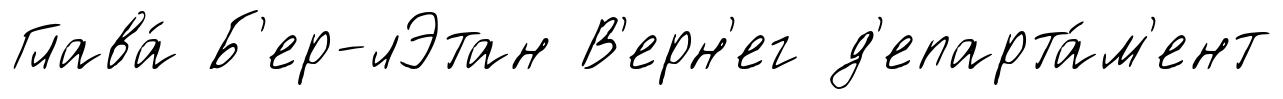
Глава́ Б'ер-лЭтан В'ерн'ег д'епарта́м'ент